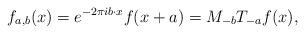
LaTeX: \begin{align*}f_{a,b}(x) = e^{-2 \pi i b \cdot x} f(x+a) = M_{-b} T_{-a} f(x),\end{align*}